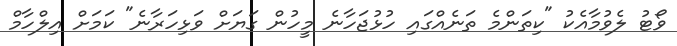
ވޯޓު ލެވުމާއެކު "ކިތަންމެ ތަނެއްގައި ހުޅުޖަހާނެ މީހުން ގަޔަށް ވަޅިހަރާނެ" ކަމަށް އިލްހާމް